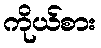
ကိုယ်စား